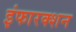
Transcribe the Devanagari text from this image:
इंफारक्शन